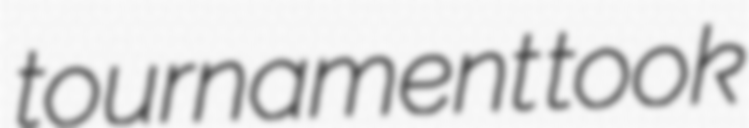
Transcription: tournament took